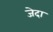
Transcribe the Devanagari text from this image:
जेदा